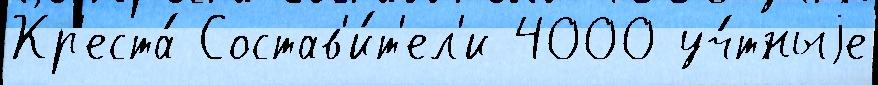
Кр'еста́ Состав'и́т'ел'и 4000 уч́тныjе